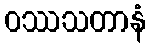
ဝဿသတာနံ